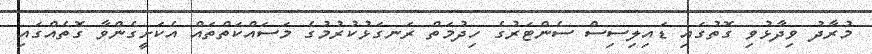
މުރާދު ވިދާޅުވި ގޮތުގައި ޑައިލިސިސް ސެންޓަރުގެ ހިދުމަތް ރަނގަޅުކުރުމުގެ މަސައްކަތްތައް އެކަށީގެންވާ ގޮތެއްގައި